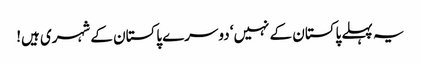
یہ پہلے پاکستان کے نہیں‘ دوسرے پاکستان کے شہری ہیں!